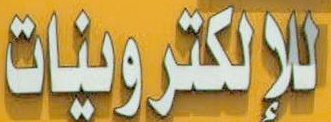
الإلكترونيات